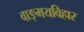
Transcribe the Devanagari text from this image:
वाङ्मयविहार